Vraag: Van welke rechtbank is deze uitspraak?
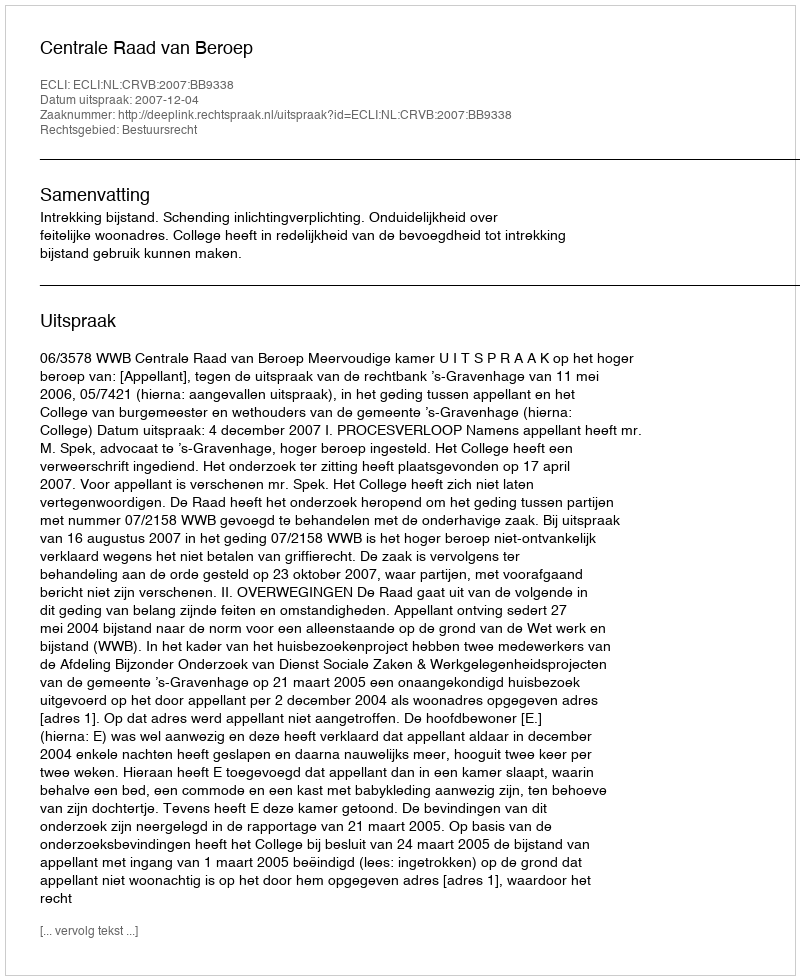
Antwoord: Centrale Raad van Beroep